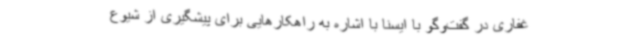
غفاری در گفت‌وگو با ایسنا با اشاره به راهکارهایی برای پیشگیری از شیوع